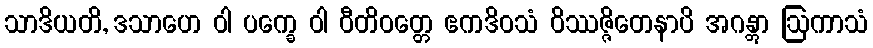
သာဒိယတိ, ဒသာဟေ ဝါ ပက္ခေ ဝါ ဝီတိဝတ္တေ ဧကဒိဝသံ ဝိဿဇ္ဇိတေနာပိ အဂန္တွာ ဩကာသံ